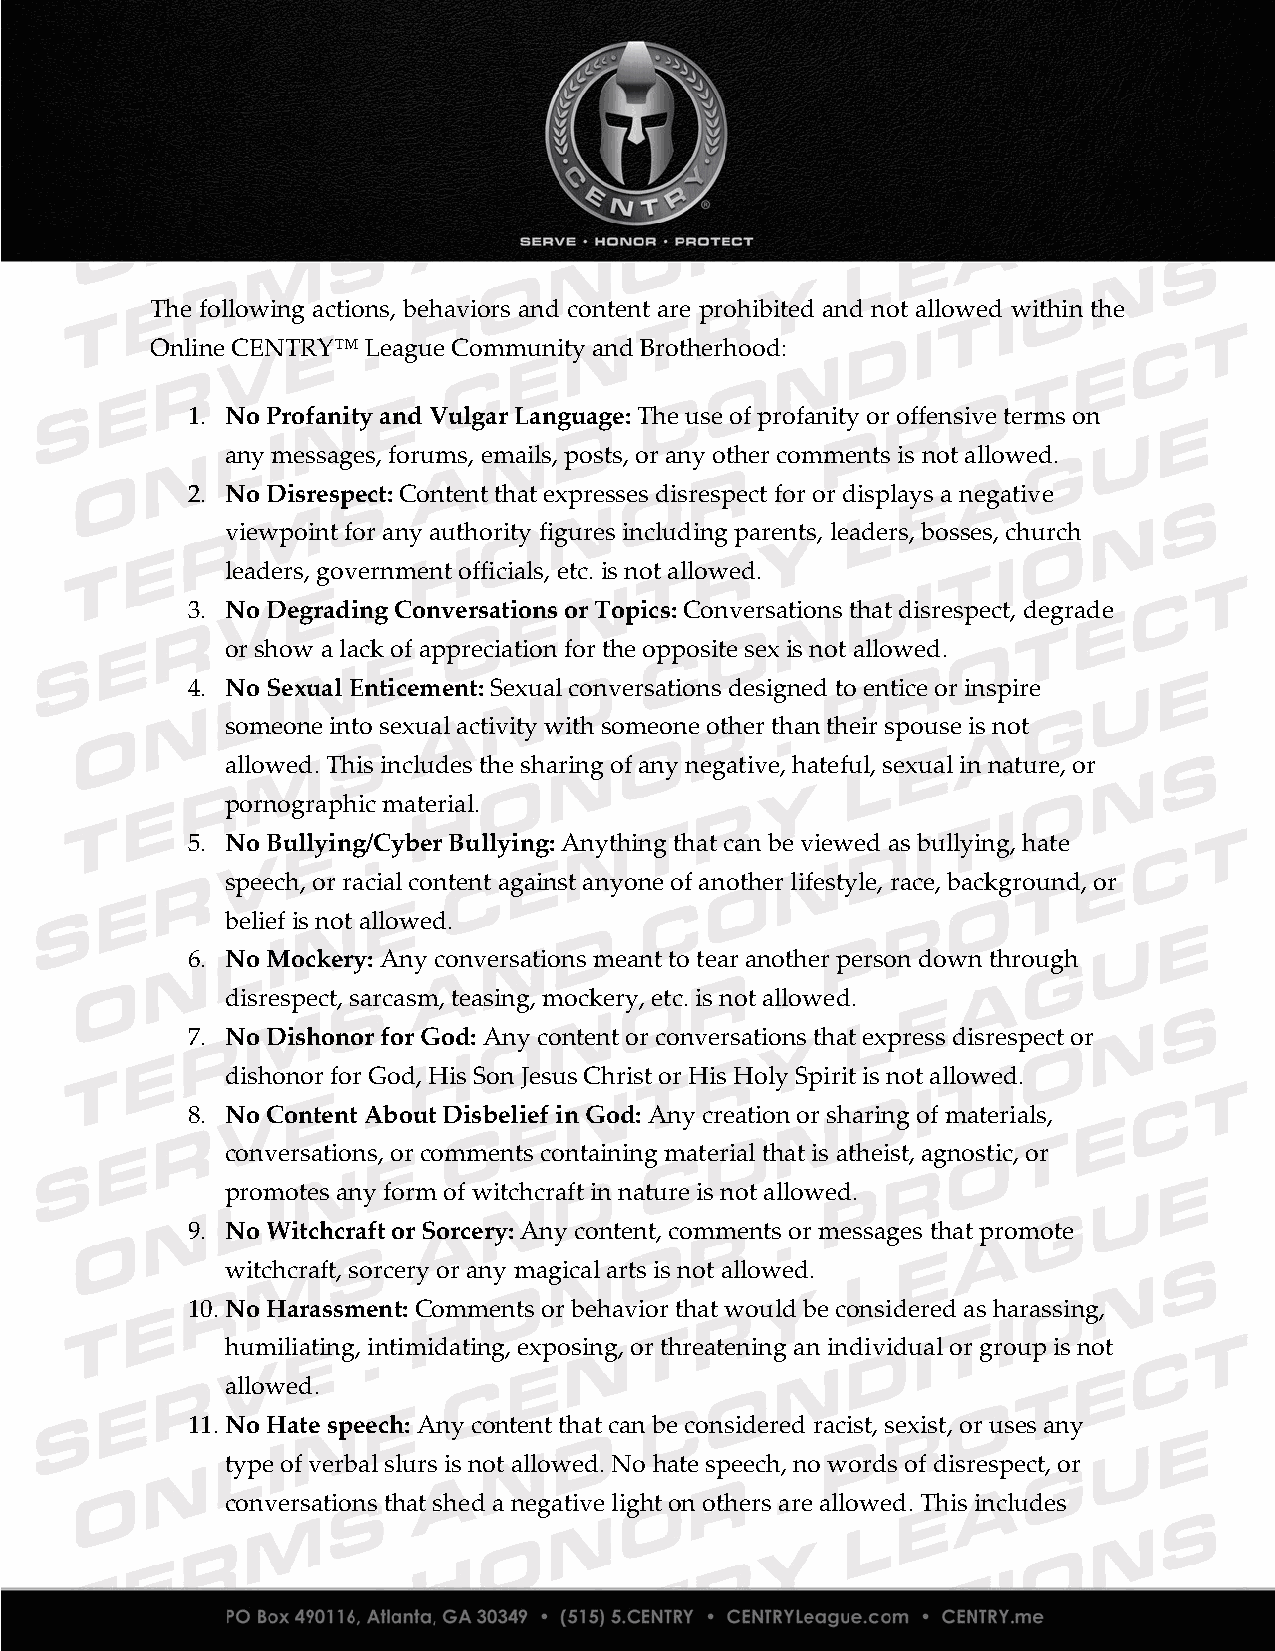
The following actions, behaviors and content are prohibited and not allowed within the
 Online CENTRY™ League Community and Brotherhood:
 1. No Profanity and Vulgar Language: The use of profanity or offensive terms on
 any messages, forums, emails, posts, or any other comments is not allowed.
 2. No Disrespect: Content that expresses disrespect for or displays a negative
 viewpoint for any authority figures including parents, leaders, bosses, church
 leaders, government officials, etc. is not allowed.
 3. No Degrading Conversations or Topics: Conversations that disrespect, degrade
 or show a lack of appreciation for the opposite sex is not allowed.
 4. No Sexual Enticement: Sexual conversations designed to entice or inspire
 someone into sexual activity with someone other than their spouse is not
 allowed. This includes the sharing of any negative, hateful, sexual in nature, or
 pornographic material.
 5. No Bullying/Cyber Bullying: Anything that can be viewed as bullying, hate
 speech, or racial content against anyone of another lifestyle, race, background, or
 belief is not allowed.
 6. No Mockery: Any conversations meant to tear another person down through
 disrespect, sarcasm, teasing, mockery, etc. is not allowed.
 7. No Dishonor for God: Any content or conversations that express disrespect or
 dishonor for God, His Son Jesus Christ or His Holy Spirit is not allowed.
 8. No Content About Disbelief in God: Any creation or sharing of materials,
 conversations, or comments containing material that is atheist, agnostic, or
 promotes any form of witchcraft in nature is not allowed.
 9. No Witchcraft or Sorcery: Any content, comments or messages that promote
 witchcraft, sorcery or any magical arts is not allowed.
 10. No Harassment: Comments or behavior that would be considered as harassing,
 humiliating, intimidating, exposing, or threatening an individual or group is not
 allowed.
 11. No Hate speech: Any content that can be considered racist, sexist, or uses any
 type of verbal slurs is not allowed. No hate speech, no words of disrespect, or
 conversations that shed a negative light on others are allowed. This includes